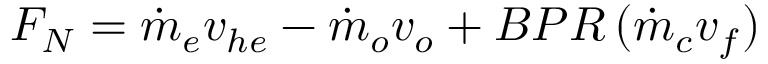
F _ { N } = { \dot { m } } _ { e } v _ { h e } - { \dot { m } } _ { o } v _ { o } + B P R \, ( { \dot { m } } _ { c } v _ { f } )